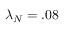
\lambda _ { N } = . 0 8